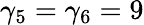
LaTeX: \gamma_{5}=\gamma_{6}=9